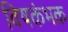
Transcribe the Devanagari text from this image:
विषकंभक